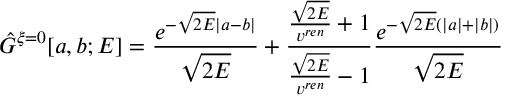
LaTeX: \hat { G } ^ { \xi = 0 } [ a , b ; E ] = \frac { e ^ { - \sqrt { 2 E } | a - b | } } { \sqrt { 2 E } } + \frac { \frac { \sqrt { 2 E } } { v ^ { r e n } } + 1 } { \frac { \sqrt { 2 E } } { v ^ { r e n } } - 1 } \frac { e ^ { - \sqrt { 2 E } ( | a | + | b | ) } } { \sqrt { 2 E } }